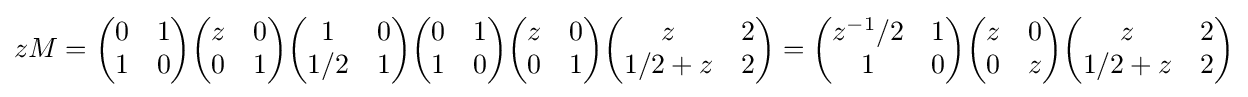
zM={\begin{pmatrix}0&1\\1&0\end{pmatrix}}{\begin{pmatrix}z&0\\0&1\end{pmatrix}}{\begin{pmatrix}1&0\\1/2&1\end{pmatrix}}{\begin{pmatrix}0&1\\1&0\end{pmatrix}}{\begin{pmatrix}z&0\\0&1\end{pmatrix}}{\begin{pmatrix}z&2\\1/2+z&2\end{pmatrix}}={\begin{pmatrix}z^{-1}/2&1\\1&0\end{pmatrix}}{\begin{pmatrix}z&0\\0&z\end{pmatrix}}{\begin{pmatrix}z&2\\1/2+z&2\end{pmatrix}}